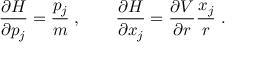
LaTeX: \frac { \partial H } { \partial p _ { j } } = \frac { p _ { j } } { m } \; , \qquad \frac { \partial H } { \partial x _ { j } } = \frac { \partial V } { \partial r } \frac { x _ { j } } { r } \; .